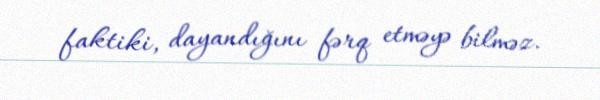
faktiki, dayandığını fərq etməyə bilməz.